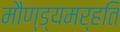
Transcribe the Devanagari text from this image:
मौण्ड्यमर्हति